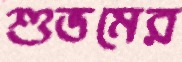
শুভমের